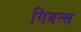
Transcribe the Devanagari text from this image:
गिवन्स